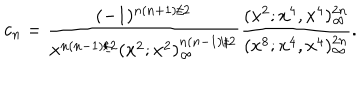
c _ { n } = \frac { ( - 1 ) ^ { n ( n + 1 ) / 2 } } { x ^ { n ( n - 1 ) / 2 } ( x ^ { 2 } ; x ^ { 2 } ) _ { \infty } ^ { n ( n - 1 ) / 2 } } \frac { ( x ^ { 2 } ; x ^ { 4 } , x ^ { 4 } ) _ { \infty } ^ { 2 n } } { ( x ^ { 8 } ; x ^ { 4 } , x ^ { 4 } ) _ { \infty } ^ { 2 n } } .